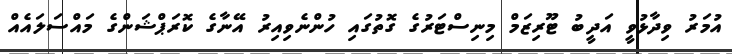
އުމަރު ވިދާޅުވީ އަދީބު ޓޫރިޒަމް މިނިސްޓަރުގެ ގޮތުގައި ހުންނެވިއިރު އޭނާގެ ކޮރަޕްޝަންގެ މައްސަލައެއް